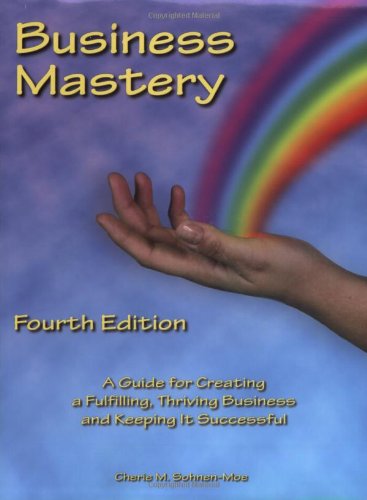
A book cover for Business Mastery: A Guide for Creating a Fulfilling, Thriving Business and Keeping it Successful; Cherie M. Sohnen-Moe; Medical Books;